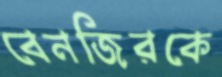
বেনজিরকে